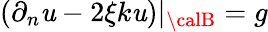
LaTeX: \left(\partial_{n}\mathit{u}-2\xi{k}\mathit{u}\right)|_{\calB}=g